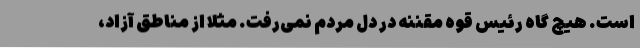
است. هیچ گاه رئیس قوه مقننه در دل مردم نمی‌رفت. مثلا از مناطق آزاد،